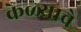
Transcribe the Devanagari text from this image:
केळ्याचे